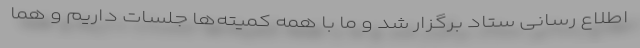
اطلاع رسانی ستاد برگزار شد و ما با همه کمیته‌ها جلسات داریم و هما